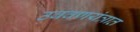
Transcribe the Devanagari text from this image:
उबवणयंत्रात